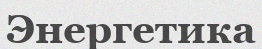
Энергетика